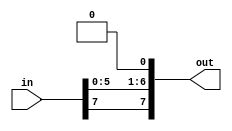
`timescale 1ns / 1ps
//////////////////////////////////////////////////////////////////////////////////
// Company: 
// Engineer: 
// 
// Design Name: 
// Module Name: n_shift_left
// Project Name: 
// Target Devices: 
// Tool Versions: 
// Description: 
// 
// Dependencies: 
// 
// Revision:
// Revision 0.01 - File Created
// Additional Comments:
// 
//////////////////////////////////////////////////////////////////////////////////


module n_shift_left #(parameter n = 8)(
    input [n-1:0]in,
    output  [n-1:0]out 
    );
    assign out = {in[n-1],in[n-3:0],1'b0};
endmodule